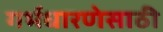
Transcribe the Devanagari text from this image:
गर्भधारणेसाठी